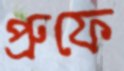
প্রুফে